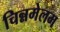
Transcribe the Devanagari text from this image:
चिन्नमेलम